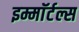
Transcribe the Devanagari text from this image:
इम्माॅर्टल्स